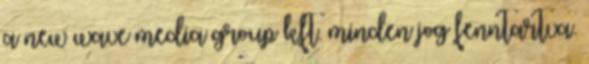
a new wave media group kft. minden jog fenntartva.